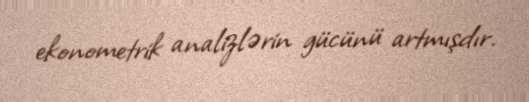
ekonometrik analizlərin gücünü artmışdır.